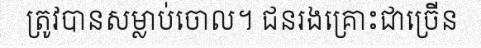
ត្រូវបានសម្លាប់ចោល។ ជនរងគ្រោះជាច្រើន